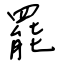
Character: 罷